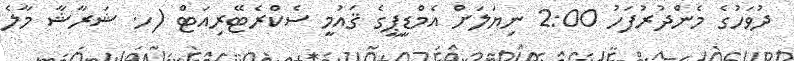
ދުވަހުގެ މެންދުރުފަހު 2:00 ނިޔަލަށް އެމްޑީޕީގެ ޤައުމީ ސެކްރެޓޭރިއަޓް (ހ. ޝަރާޝާ މާލެ